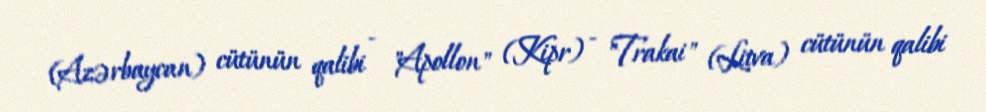
(Azərbaycan) cütünün qalibi - "Apollon" (Kipr) - "Trakai" (Litva) cütünün qalibi